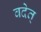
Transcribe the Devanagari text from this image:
वदेत्